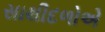
સાથીદળોએ